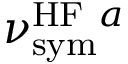
\nu _ { \mathrm { s y m } } ^ { \mathrm { H F } ~ a }